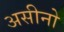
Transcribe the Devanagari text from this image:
असीनो